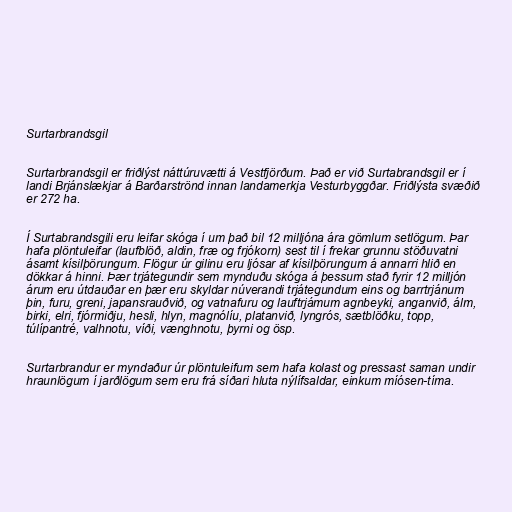
Surtarbrandsgil

Surtarbrandsgil er friðlýst náttúruvætti á Vestfjörðum. Það er við Surtabrandsgil er í
landi Brjánslækjar á Barðarströnd innan landamerkja Vesturbyggðar. Friðlýsta svæðið
er 272 ha.

Í Surtabrandsgili eru leifar skóga í um það bil 12 milljóna ára gömlum setlögum. Þar
hafa plöntuleifar (laufblöð, aldin, fræ og frjókorn) sest til í frekar grunnu stöðuvatni
ásamt kísilþörungum. Flögur úr gilinu eru ljósar af kísilþörungum á annarri hlið en
dökkar á hinni. Þær trjátegundir sem mynduðu skóga á þessum stað fyrir 12 milljón
árum eru útdauðar en þær eru skyldar núverandi trjátegundum eins og barrtrjánum
þin, furu, greni, japansrauðvið, og vatnafuru og lauftrjámum agnbeyki, anganvið, álm,
birki, elri, fjórmiðju, hesli, hlyn, magnólíu, platanvið, lyngrós, sætblöðku, topp,
túlípantré, valhnotu, víði, vænghnotu, þyrni og ösp.

Surtarbrandur er myndaður úr plöntuleifum sem hafa kolast og pressast saman undir
hraunlögum í jarðlögum sem eru frá síðari hluta nýlífsaldar, einkum míósen-tíma.